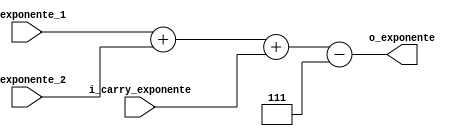
//! @title Bloque que suma los exponentes del ejercicio 1 GP02
//! @file sumador_exponente.v
//! @author MartinE
// Se hace como un bloque aparte para que el toplevel sea solo conecciones sin lgica


module sumador_exponente (
output  [3:0]  o_exponente,
input   [3:0]  i_exponente_1,
input   [3:0]  i_exponente_2,
input          i_carry_exponente
);

reg     [4:0]  r_primer_suma;
reg     [4:0]  r_o_exponente;

always @(*) begin
    r_primer_suma = {1'b0, i_exponente_1} + {1'b0, i_exponente_2}+ i_carry_exponente;
    r_o_exponente = r_primer_suma - 5'd7;
end

assign  o_exponente = r_o_exponente[3:0];

endmodule